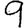
Digit: 9